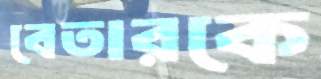
বেতারকে